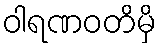
ဝါရဏဝတိမှိ